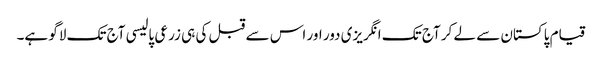
قیام پاکستان سے لے کر آج تک انگریزی دور اور اس سے قبل کی ہی زرعی پالیسی آج تک لاگو ہے۔